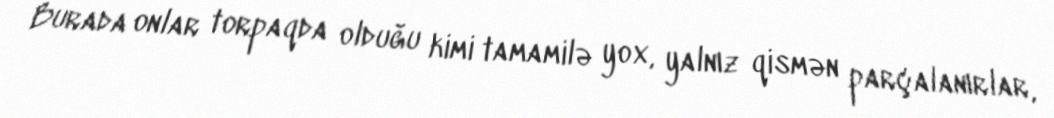
Burada onlar torpaqda olduğu kimi tamamilə yox, yalnız qismən parçalanırlar,